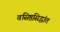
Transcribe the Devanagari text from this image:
वसिष्ठसिद्धांत